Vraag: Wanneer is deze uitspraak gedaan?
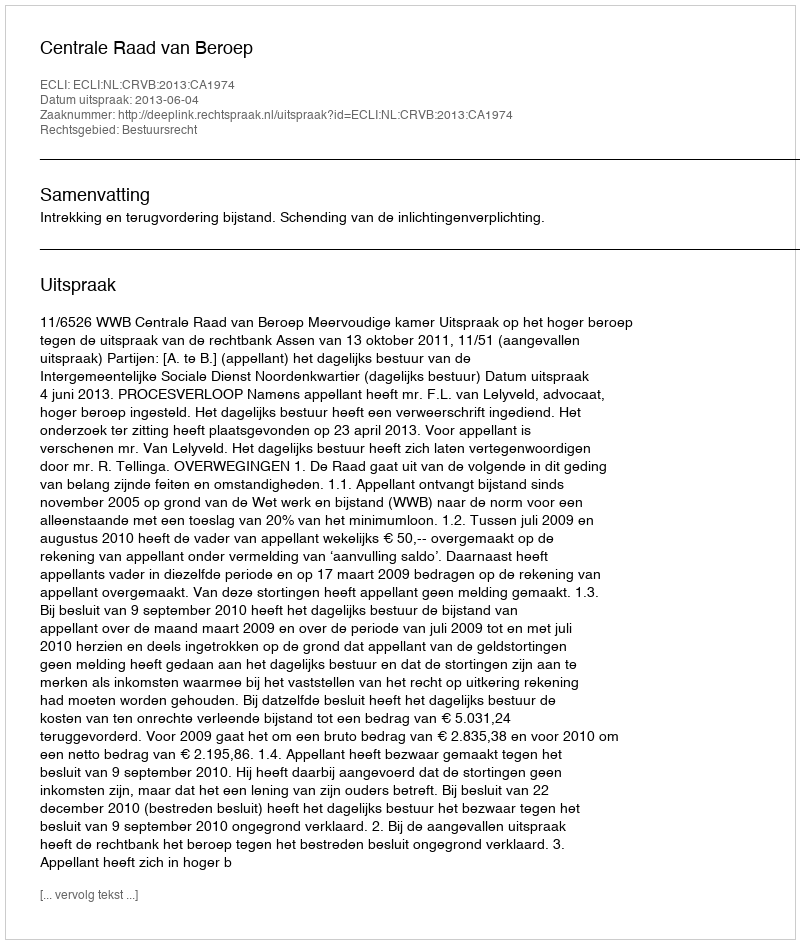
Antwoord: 2013-06-04